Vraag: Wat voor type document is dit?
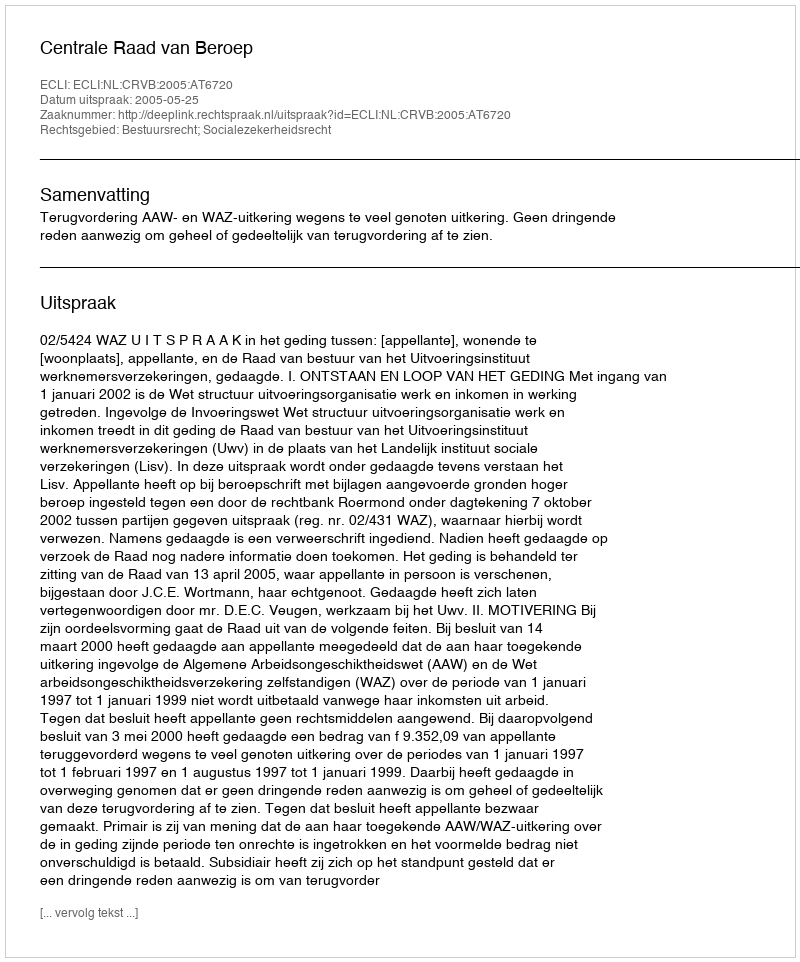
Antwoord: Uitspraak